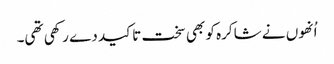
اُنھوں نے شاکرہ کو بھی سخت تاکید دے رکھی تھی۔